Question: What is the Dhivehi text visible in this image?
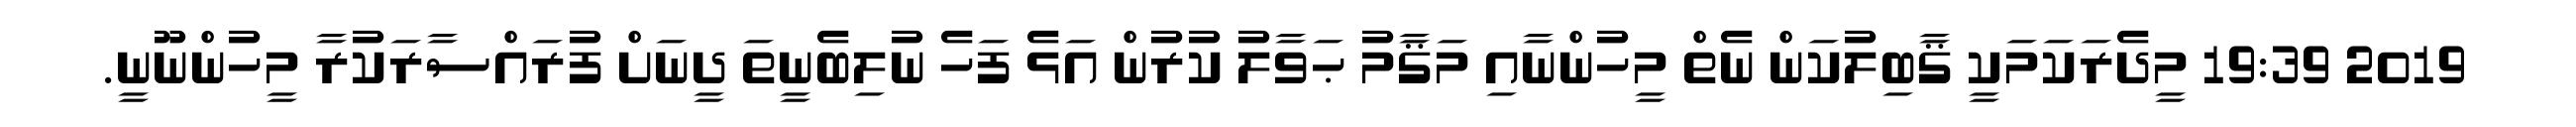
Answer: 2019 19:39 މީދެރަކަމަކީ ޤާބިލުކަން ނެތް މީހުންނާއި މަޤާމު ޙަވާލު ކުރުން އަޅެ ފަހެ ނުލިބެނީތަ ދީނަށް ފުރައްސާރަކުރާ މީހުންނޫނީ.